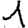
Digit: 1